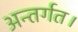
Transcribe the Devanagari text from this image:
अन्तर्गत।